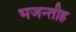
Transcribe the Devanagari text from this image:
भजन्तीह